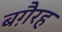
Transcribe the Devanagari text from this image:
बग़ैरह